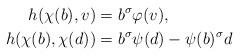
LaTeX: \begin{align*} h(\chi(b), v) &= b^\sigma \varphi(v), \\ h(\chi(b), \chi(d)) &= b^\sigma \psi(d) - \psi(b)^\sigma d \end{align*}